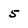
Character: 5